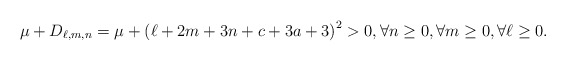
\begin{align*}\mu +D_{\ell,m,n}=\mu +\left(\ell+2 m + 3 n + c + 3 a + 3 \right)^{2}> 0, \forall n\geq 0,\forall m\geq 0, \forall \ell \geq 0. \end{align*}